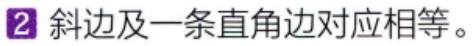
2 斜边及一条直角边对应相等。